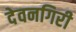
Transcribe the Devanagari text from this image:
देवनगिरी